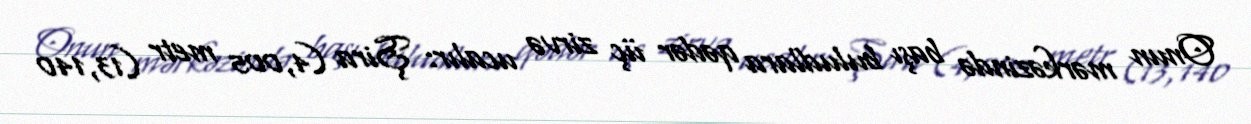
Onun mərkəzində başı buludlara qədər üç zirvə ucalır: Şira (4,005 metr (13,140